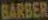
BARBER